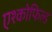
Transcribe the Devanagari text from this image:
एश्कोफिल्ड